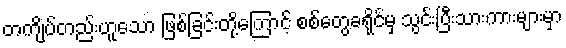
တကျိပ်တည်းဟူသော ဖြစ်ခြင်းတို့ကြောင့် စစ်တွေခရိုင်မှ သွင်းပြီးသားကားများမှာ